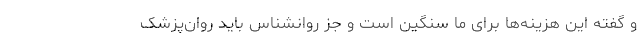
و گفته این هزینه‌ها برای ما سنگین است و جز روانشناس باید روان‌پزشک